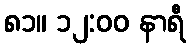
၈၁။ ၁၂:၀၀ နာရီ